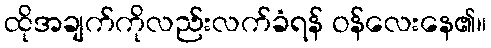
ထိုအချက်ကိုလည်းလက်ခံရန် ဝန်လေးနေ၏။